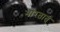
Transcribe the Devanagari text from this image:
भारतात्